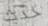
حدث